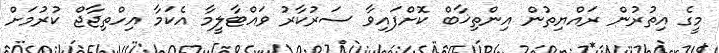
މީގެ އިތުރުން ރައްޔިތުން އިންތިޚާބް ކޮށްފައިވާ ސަރުކާރު ވައްޓާލީމާ އެކަމާ އިހްތިޖާޖް ކުރުމަށް